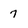
Character: 7